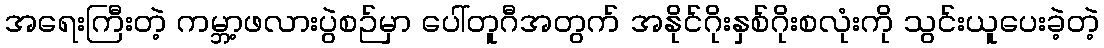
အရေးကြီးတဲ့ ကမ္ဘာ့ဖလားပွဲစဉ်မှာ ပေါ်တူဂီအတွက် အနိုင်ဂိုးနှစ်ဂိုးစလုံးကို သွင်းယူပေးခဲ့တဲ့